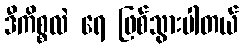
ဒီကိစ္စလဲ ရေ ဖြစ်သွားပါတယ်